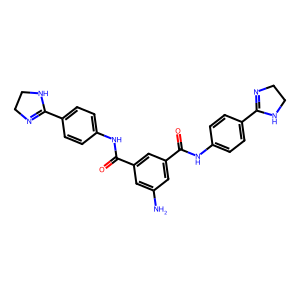
SMILES: Nc1cc(C(=O)Nc2ccc(C3=NCCN3)cc2)cc(C(=O)Nc2ccc(C3=NCCN3)cc2)c1
Inhibits HIV replication: Yes